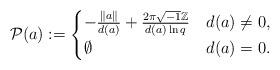
LaTeX: \begin{align*}\mathcal{P}(a) :=\begin{cases} -\frac{\left\Vert a\right\Vert }{d\left( a\right) }+\frac{2\pi \sqrt{-1}\mathbb{Z}}{d\left( a\right) \ln q}& d(a)\neq0,\\ \emptyset & d(a) =0.\end{cases}\end{align*}